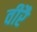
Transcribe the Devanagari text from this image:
वीरै